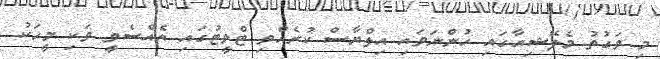
މި ވަގުތު މެލޭޝިއާގައި ހުންނަވައި އިލްޔާސް ކުރެއްވި ޓްވީޓުގައި އެއްސެވީ ވަކި މީހަކު